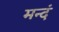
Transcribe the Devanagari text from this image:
मन्दं